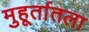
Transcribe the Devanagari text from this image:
मुहूर्तातला